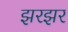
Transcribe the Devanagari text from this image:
झरझर